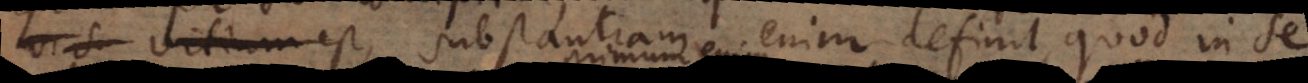
vis vitium est,, substantiam enim definit, quod in se